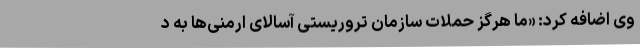
وی اضافه کرد: «ما هرگز حملات سازمان تروریستی آسالای ارمنی‌ها به د